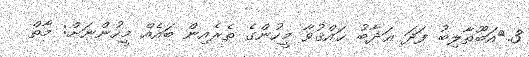
3.	އަބޫޠާލިބު ފަދަ ޢަޛާބު ޙައްޤުވާ މީހުންގެ ތެރެއިން ބައެއް މީހުންނަށް: މާތް